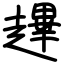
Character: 䟆